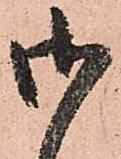
御